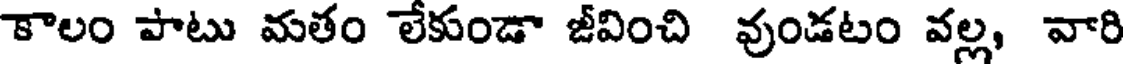
కాలం పాటు మతం లేకుండా జీవించి వుండటం వల్ల, వారి